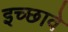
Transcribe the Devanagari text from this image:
इच्छावे